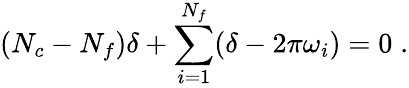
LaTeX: (N_{c}-N_{f})\delta+\sum_{i=1}^{N_{f}}(\delta-2\pi\omega_{i})=0\; .